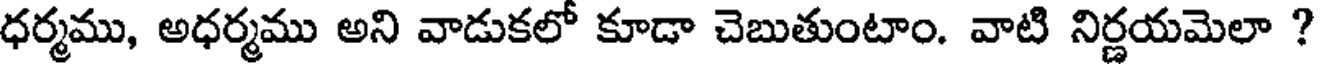
ధర్మము, అధర్మము అని వాడుకలో కూడా చెబుతుంటాం. వాటి నిర్ణయమెలా ?